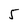
Character: 5